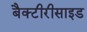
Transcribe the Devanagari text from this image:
बैक्टीरीसाइड